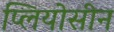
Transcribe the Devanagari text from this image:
प्लियोसीन